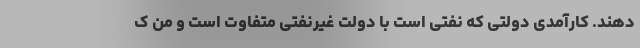
دهند. کارآمدی دولتی که نفتی است با دولت غیرنفتی متفاوت است و من ک